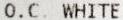
O.C. WHITE